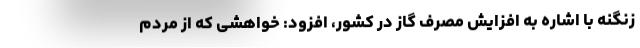
زنگنه با اشاره به افزایش مصرف گاز در کشور، افزود: خواهشی که از مردم